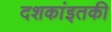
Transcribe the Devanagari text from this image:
दशकांइतकी